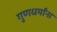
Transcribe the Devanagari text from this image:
गुणधर्मांना